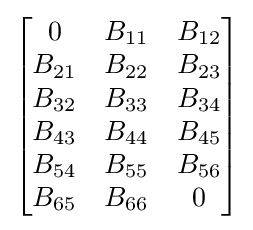
{\begin{bmatrix}0&B_{11}&B_{12}\\B_{21}&B_{22}&B_{23}\\B_{32}&B_{33}&B_{34}\\B_{43}&B_{44}&B_{45}\\B_{54}&B_{55}&B_{56}\\B_{65}&B_{66}&0\end{bmatrix}}